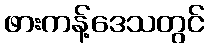
ဖားကန့်ဒေသတွင်